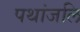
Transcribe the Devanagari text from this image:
पथांजलि